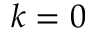
k = 0